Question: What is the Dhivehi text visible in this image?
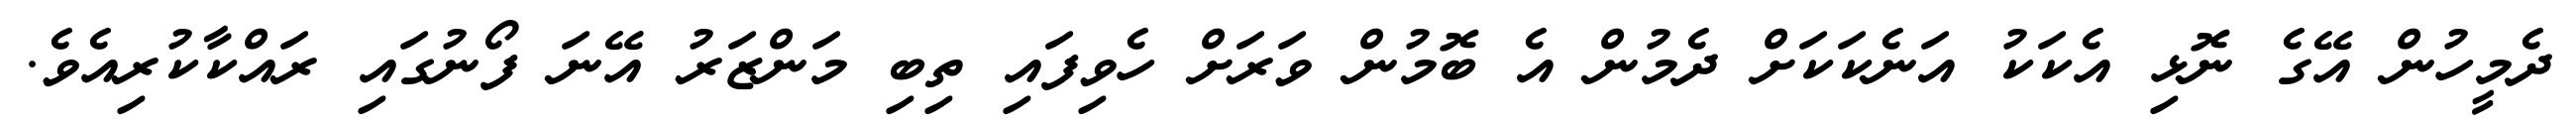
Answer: ދެމީހުން އޭގެ ނޮޅި އެކަކު އަނެކަކަށް ދެމުން އެ ބޮމުން ވަރަށް ހެވިފައި ތިބި މަންޒަރު އޭނަ ފޯނުގައި ރައްކާކުރިއެވެ.